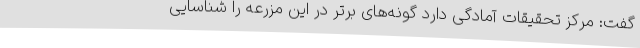
گفت: مرکز تحقیقات آمادگی دارد گونه‌های برتر در این مزرعه را شناسایی